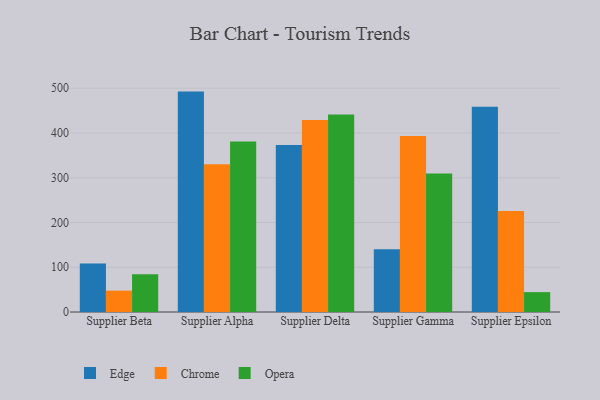
{"axis": {"x": "Supplier", "y": "Tickets Resolved"}, "legend": ["Chrome", "Edge", "Opera"], "data": [{"x": "Supplier Beta", "y": 108.4, "type": "Edge"}, {"x": "Supplier Beta", "y": 47.7, "type": "Chrome"}, {"x": "Supplier Beta", "y": 84.5, "type": "Opera"}, {"x": "Supplier Alpha", "y": 492.3, "type": "Edge"}, {"x": "Supplier Alpha", "y": 329.8, "type": "Chrome"}, {"x": "Supplier Alpha", "y": 380.6, "type": "Opera"}, {"x": "Supplier Delta", "y": 372.9, "type": "Edge"}, {"x": "Supplier Delta", "y": 429.0, "type": "Chrome"}, {"x": "Supplier Delta", "y": 441.1, "type": "Opera"}, {"x": "Supplier Gamma", "y": 140.2, "type": "Edge"}, {"x": "Supplier Gamma", "y": 393.2, "type": "Chrome"}, {"x": "Supplier Gamma", "y": 309.2, "type": "Opera"}, {"x": "Supplier Epsilon", "y": 458.6, "type": "Edge"}, {"x": "Supplier Epsilon", "y": 225.5, "type": "Chrome"}, {"x": "Supplier Epsilon", "y": 44.4, "type": "Opera"}]}